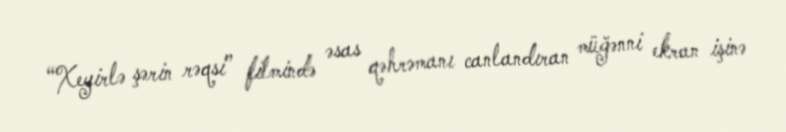
“Xeyirlə şərin rəqsi” filmində əsas qəhrəmanı canlandıran müğənni ekran işinə